Indian journal of veterinary science and animal husbandry - Volume 8,
Year: 1938
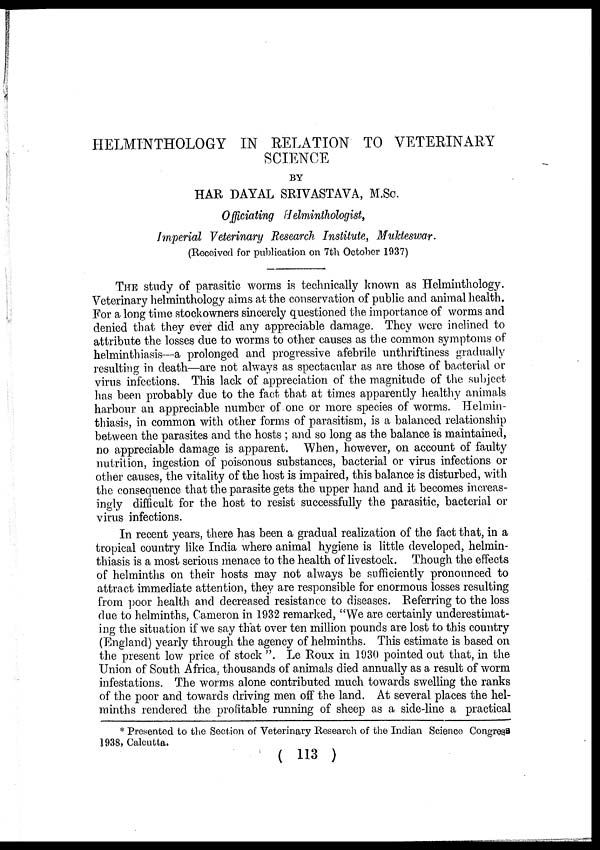
HELMINTHOLOGY IN RELATION TO VETERINARY
SCIENCE
BY
HAR DAYAL SRIVASTAVA, M.Sc.
Officiating Helminthologist,
Imperial Veterinary Research Institute, Mukteswar.
(Received for publication on 7th October 1937)
THE study of parasitic worms is technically known as Helminthology.
Veterinary helminthology aims at the conservation of public and animal health.
For a long time stockowners sincerely questioned the importance of worms and
denied that they ever did any appreciable damage. They were inclined to
attribute the losses due to worms to other causes as the common symptoms of
helminthiasis—a prolonged and progressive afebrile unthriftiness gradually
resulting in death—are not always as spectacular as are those of bacterial or
virus infections. This lack of appreciation of the magnitude of the subject
has been probably due to the fact that at times apparently healthy animals
harbour an appreciable number of one or more species of worms. Helmin-
thiasis, in common with other forms of parasitism, is a balanced relationship
between the parasites and the hosts ; and so long as the balance is maintained,
no appreciable damage is apparent. When, however, on account of faulty
nutrition, ingestion of poisonous substances, bacterial or virus infections or
other causes, the vitality of the host is impaired, this balance is disturbed, with
the consequence that the parasite gets the upper hand and it becomes increas-
ingly difficult for the host to resist successfully the parasitic, bacterial or
virus infections.
In recent years, there has been a gradual realization of the fact that, in a
tropical country like India where animal hygiene is little developed, helmin-
thiasis is a most serious menace to the health of livestock. Though the effects
of helminths on their hosts may not always be sufficiently pronounced to
attract immediate attention, they are responsible for enormous losses resulting
from poor health and decreased resistance to diseases. Referring to the loss
due to helminths, Cameron in 1932 remarked, "We are certainly underestimat-
ing the situation if we say that over ten million pounds are lost to this country
(England) yearly through the agency of helminths. This estimate is based on
the present low price of stock ". Le Roux in 1930 pointed out that, in the
Union of South Africa, thousands of animals died annually as a result of worm
infestations. The worms alone contributed much towards swelling the ranks
of the poor and towards driving men off the land. At several places the hel-
minths rendered the profitable running of sheep as a side-line a practical
* Presented to the Section of Veterinary Research of the Indian Science Congress
1938, Calcutta.
( 113 )